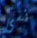
نسى